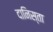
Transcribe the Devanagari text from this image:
दानिस्ता